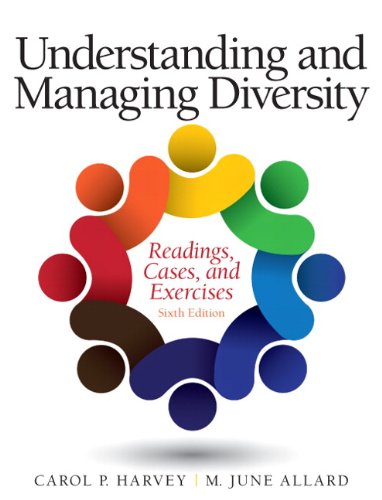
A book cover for Understanding and Managing Diversity: Readings, Cases, and Exercises (6th Edition); Carol Harvey; Business & Money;